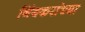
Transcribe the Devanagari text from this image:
निंबकरांच्या